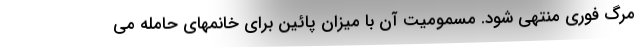
مرگ فوری منتهی شود. مسمومیت آن با میزان پائین برای خانمهای حامله می